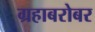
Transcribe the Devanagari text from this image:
ग्रहाबरोबर